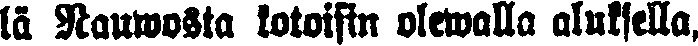
lä Nauvosta kotoisin olewalla aluksella,